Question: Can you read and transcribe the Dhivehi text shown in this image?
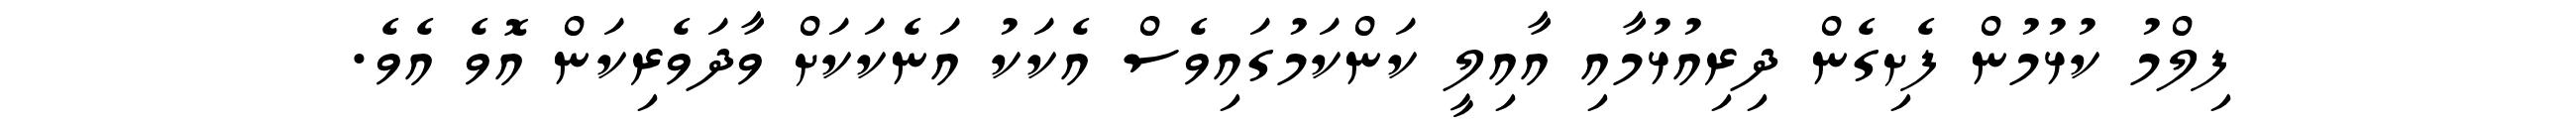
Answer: ފިލްމު ކުޅުމުން ފެށިގެން ދިރިއުޅުމާއި އާއިލީ ކަންކަމުގައިވެސް އެކަކު އަނެކަކަށް ވާދަވެރިކަން އޮވެ އެވެ.